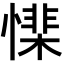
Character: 𢡅